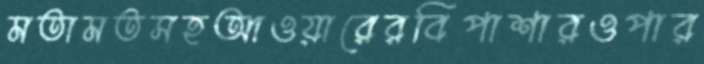
মতামতসহআওয়ারেরবিপাশারওপার